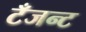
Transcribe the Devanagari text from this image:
टँजन्ट